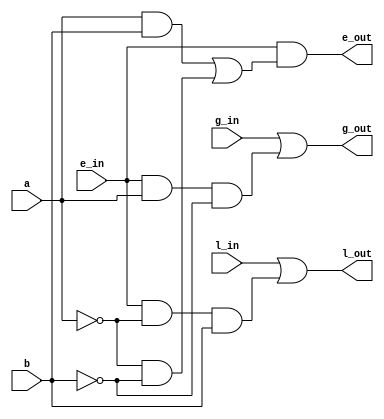
module one_bit_comparator (a, b, l_in, e_in, g_in, l_out, e_out, g_out);

    input a, b, l_in, e_in, g_in;
    output wire l_out, g_out, e_out;

    // comparator logic for one bit 
    // with previous bit comparison results as inputs
    assign l_out = l_in || (e_in & ~a & b);
    assign e_out = e_in & ((a & b) || (~a & ~b));
    assign g_out = g_in || (e_in & a & ~b);

endmodule